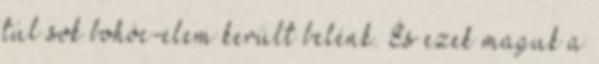
túl sok bohóc-elem került belénk. És ezek maguk a